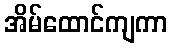
အိမ်ထောင်ကျကာ